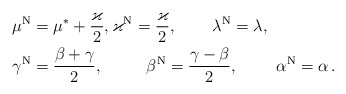
\begin{align*}\mu^{\rm N}&=\mu^*+\frac{\varkappa}{2},\varkappa^{\rm N}=\frac{\varkappa}{2},\qquad\,\lambda^{\rm N}=\lambda , \\\gamma^{\rm N}&=\frac{\beta + \gamma }{2},\qquad\ \ \beta^{\rm N}=\frac{ \gamma-\beta }{2}, \ \ \ \ \ \ \ \alpha^{\rm N}=\alpha \,.\end{align*}